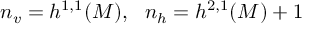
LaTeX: n _ { v } = h ^ { 1 , 1 } ( M ) , ~ ~ n _ { h } = h ^ { 2 , 1 } ( M ) + 1